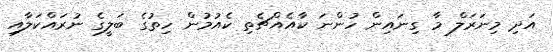
އަދި މިނަރަލް މާ ގިނައިން ހުންނަ ކާއެއްޗެތި ކެއުމުން ހިތުގެ ބަލީގެ ނުރައްކަލާއި